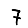
Digit: 7